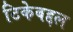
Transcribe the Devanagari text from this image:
टिकेबद्दल